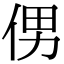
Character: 侽